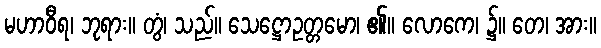
မဟာဝီရ၊ ဘုရား။ တွံ၊ သည်။ သေဋ္ဌောဥတ္တမော၊ ၏။ လောကေ၊ ၌။ တေ၊ အား။